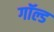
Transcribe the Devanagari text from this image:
गॉल्ड